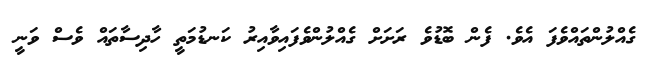
ގެއްލުންތައްވެފަ އެވެ. ފެން ބޮޑުވެ ރަށަށް ގެއްލުންވެފައިވާއިރު ކަނޑުމަތީ ހާދިސާތައް ވެސް ވަނީ